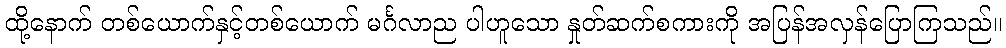
ထို့နောက် တစ်ယောက်နှင့်တစ်ယောက် မင်္ဂလာည ပါဟူသော နှုတ်ဆက်စကားကို အပြန်အလှန်ပြောကြသည်။